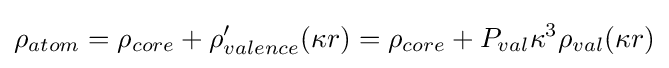
\rho _{atom}=\rho _{core}+\rho '_{valence}(\kappa r)=\rho _{core}+P_{val}\kappa ^{3}\rho _{val}(\kappa r)